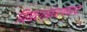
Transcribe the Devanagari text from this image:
विघटनसंशयवाद